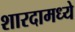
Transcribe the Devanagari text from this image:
शारदामध्ये